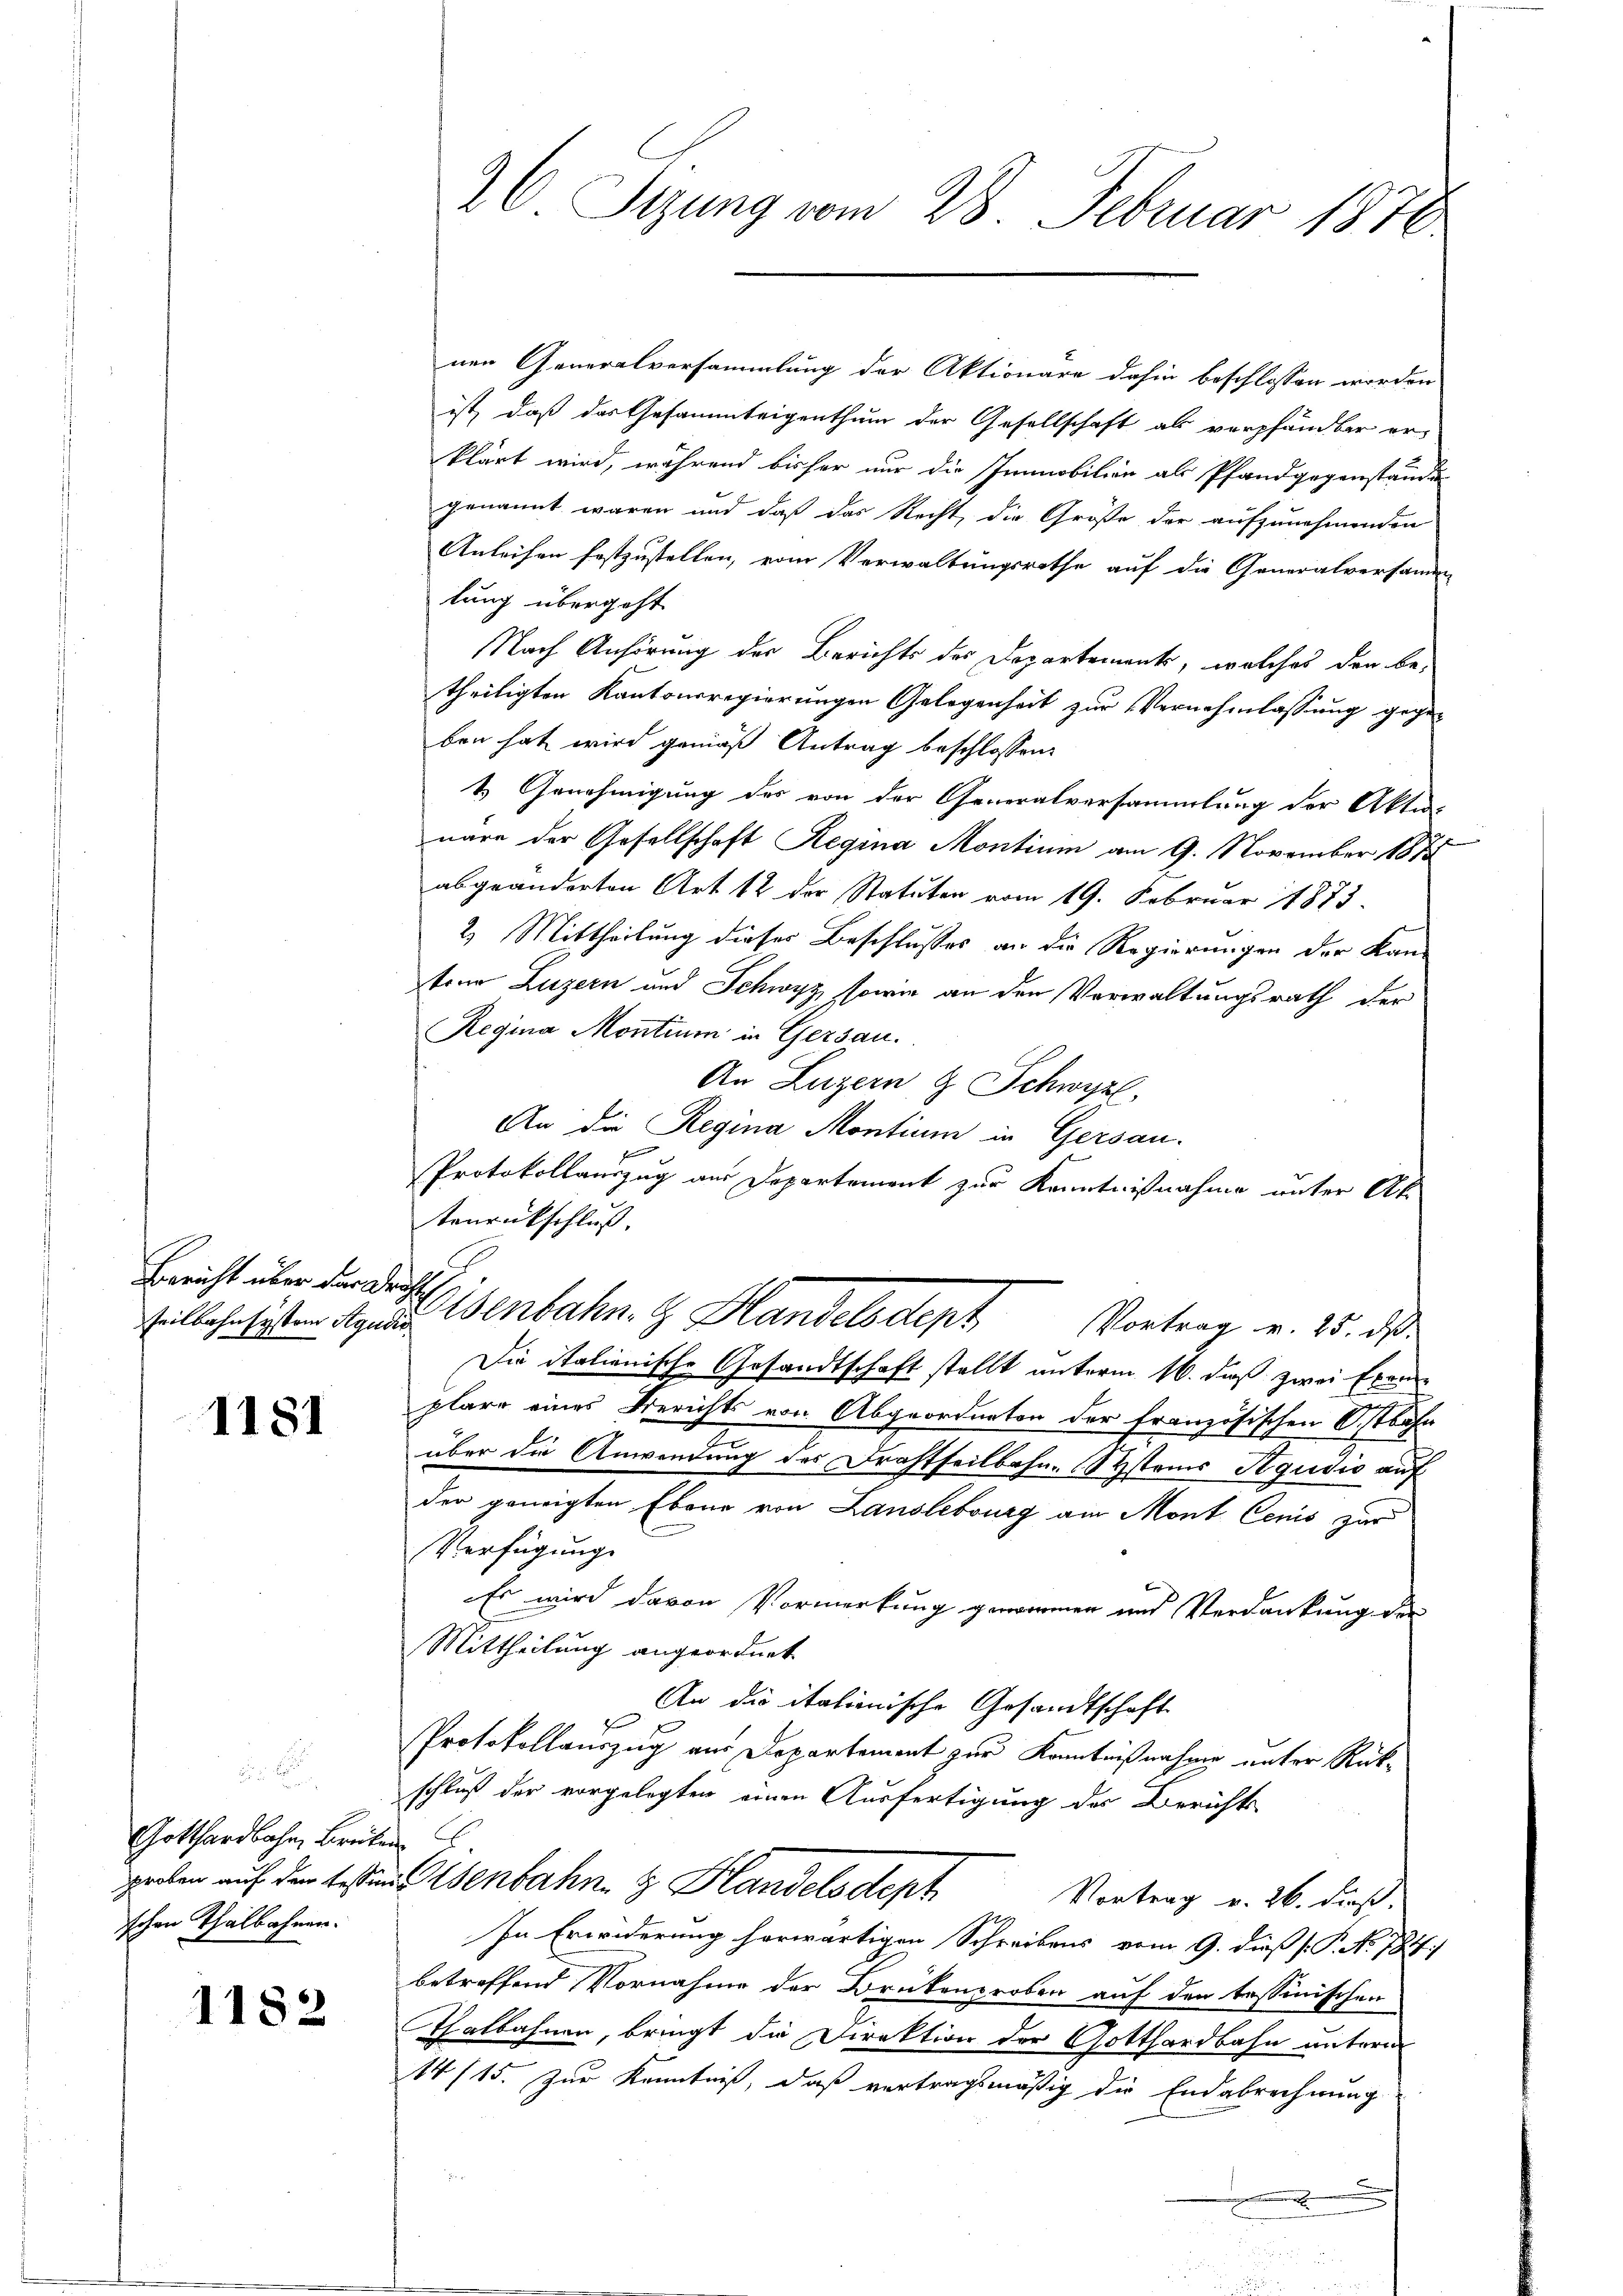
Bericht über der Drag

1181

Gotthardbahn Brüten
schen Thalbahnen.

1182

nen Generalversammlung der Aktionare dahin beschlossen worden
ist, daß das Gesammteigenthum der Gesellschaft als verpfändbar erklärt wird, während bisher nur die Immobilien als Pfandgegenständi
genannt waren und daß das Recht, die Größe der aufzunehmenden
Anleihen festzustellen, vom Verwaltungsrathe auf die Generalversamm-
lung übergeht
Nach Anhörung der Berichts des Departements, welches den be-
theiligten Kantonsregierungen Gelegenheit zur Vernehmlassung gegeben hat wird gemäß Antrag beschlossen:
1. Genehmigung des von der Generalversammlung der Akten-
t
näre der Gesellschaft Regina Montium am 9. November 1878
abgeänderten Art 12 der Statuten vom 19. Februar 1873.
2) Mittheilung dieses Beschlusses an die Regierungen der Kantone Luzern und Schwyz, sowie an den Verwaltungsrath der
Regina Montium in Gersau.
An Luzern G. Schwyz
An die Regina Montium in Gersau.
s
Protokollauszug aus Departement zur Kenntnißnahme unter Ak
tenrückschluß.
eitbahnsisten Anna Wenbahn. Handelsdept
Die italienische Gesandtschaft stellt unterm 16. daß zwei Exem-
plare eines Berichts von Abgeordneten der französischen Ostbahn
über die Anwendung des Drahtteilbahn- Systems Aqudio auf
der geneigten Ebene von Lanslebourg am Mont Cenis zur
Verfügung
Es wird davon Vormerkung gewinnen und Verdankung der
Mittheilung angeordnet
An die italienische Gesandtschaft
Protokollauszug aus Departement zur Kenntnißnahme unter Rückschluß der vorgelegten einen Ausfertigung der Berichts-
graben auf den testinstenbahn & Handelsdept
Vortrag v. 26. dieß.
In Erwiderung herwärtigen Schreibens vom 9. dieß P. No. 784.)
betreffend Vornahme der Brükenproben auf den tessinischen
Thalbahnen, bringt die Direktion der Gotthardbahn unterm
14/15. Zur Kenntniß, daß vertragsmäßig die Endabrechnung
e

26 Sizung vom 28. Februar 1870

Vortrag v. 25. ds.